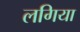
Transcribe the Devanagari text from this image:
लगिया